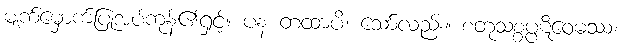
မျက်မှောက်ပြုအပ်ကုန်၏ရှင့်။ ပန တထာပိ၊ သော်လည်း။ စတုသစ္စပ္ပဋိဝေဓဿ၊